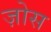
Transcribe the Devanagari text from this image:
ज़ोस